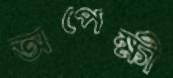
অপেক্ষী